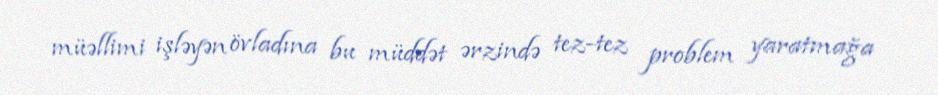
müəllimi işləyən övladına bu müddət ərzində tez-tez problem yaratmağa